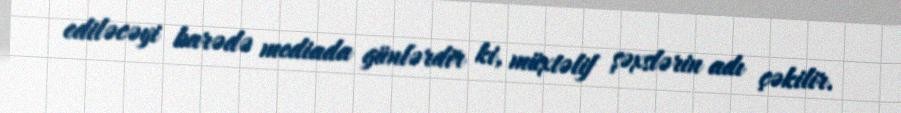
ediləcəyi barədə mediada günlərdir ki, müxtəlif şəxslərin adı çəkilir.